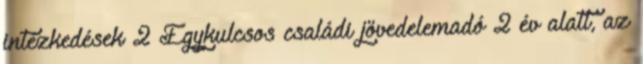
intézkedések 2 Egykulcsos családi jövedelemadó 2 év alatt, az